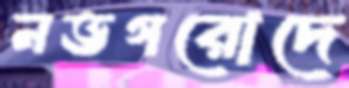
নভগরোদে